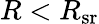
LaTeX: R<R_{\textrm{sr}}